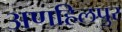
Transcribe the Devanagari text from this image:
अणहिलपुर